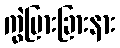
ကွဲပြားခြားနား